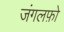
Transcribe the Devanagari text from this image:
जंगलफ़ो